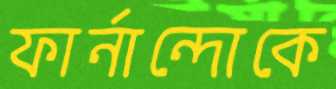
ফার্নান্দোকে